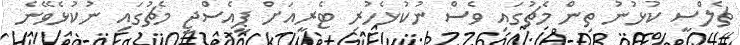
ޗެލްސީ ކުޅުނު ތިން މެޗުގައި ވެސް ނުކުޅެހުރި ޓެރީއަށް ޕީއެސްޖީ މެޗުގައި ނުކުޅެވޭނެ